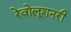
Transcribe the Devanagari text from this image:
रेवोलूशनरी